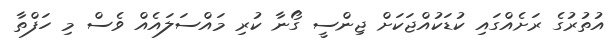
އުތުރުގެ ރަށެއްގައި ކުޑަކުއްޖަކަށް ޖިންސީ ގޯނާ ކުރި މައްސަލައެއް ވެސް މި ހަފްތާ